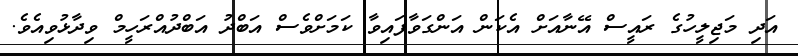
އަދި މަޖިލީހުގެ ރައީސް އޭނާއަށް އެކަން އަންގަވާފައިވާ ކަމަށްވެސް އަބްދު އަބްދުއްރަހީމް ވިދާޅުވިއެވެ.